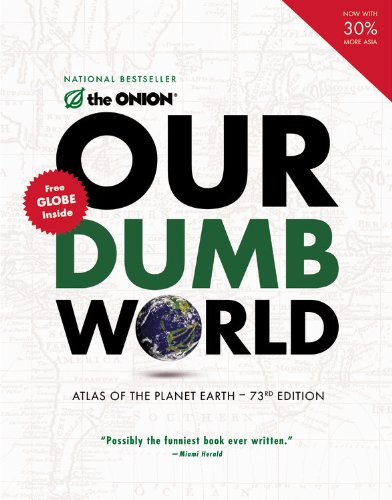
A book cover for Our Dumb World; The Onion; Humor & Entertainment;